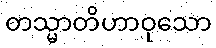
တသ္မာတိဟာဝုသော